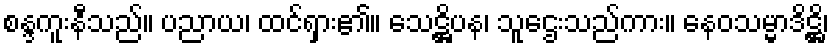
စန္ဒကူးနီသည်။ ပညာယ၊ ထင်ရှား၏။ သေဋ္ဌိပန၊ သူဌေးသည်ကား။ နေဝသမ္မာဒိဋ္ဌိ၊